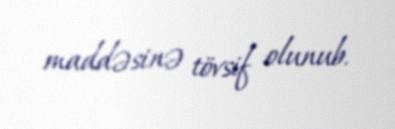
maddəsinə tövsif olunub.